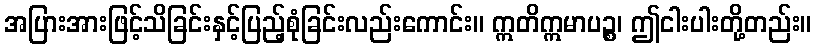
အပြားအားဖြင့်သိခြင်းနှင့်ပြည့်စုံခြင်းလည်းကောင်း။ ဣတိဣမာပဉ္စ၊ ဤငါးပါးတို့တည်း။